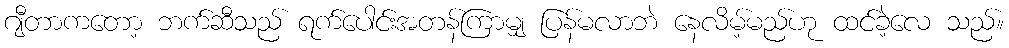
ဂျီတာကတော့ ဘက်ဆီသည် ရက်ပေါင်းအတန်ကြာမျှ ပြန်မလာဘဲ နေလိမ့်မည်ဟု ထင်ခဲ့လေ သည်။